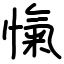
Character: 愾